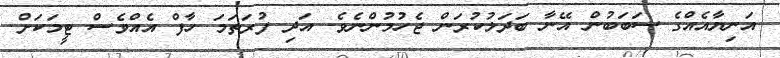
އަނިޔާއެއްގެ ސަބަބުން އޭނާ ބަދަލުކުރަން ޖެހުމުންނެވެ. އަދި ފުރަތަމަ ހާފް އެއްވެސް ޓީމަކަށް